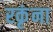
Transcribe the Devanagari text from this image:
रकृंना